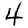
Digit: 4